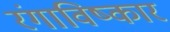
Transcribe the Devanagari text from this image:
रंगाविष्कार